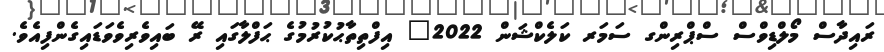
ރައިދާސް މޯލްޑިވްސް ސްޕްރިންގ ސަމަރ ކަލެކްޝަން 2022" އިފްތިތާޙުކުރުމުގެ ޙަފްލާގައި ރޭ ބައިވެރިވެވަޑައިގެންފިއެވެ.